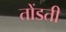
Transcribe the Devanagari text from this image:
तोंडती